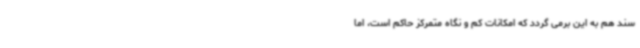
سند هم به این برمی گردد که امکانات کم و نگاه متمرکز حاکم است، اما